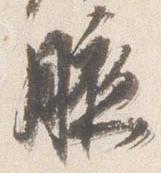
腋